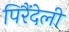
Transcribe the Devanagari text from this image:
पिरैंदेली